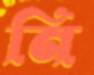
নি